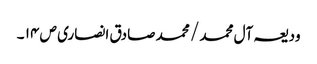
ودیعہ آل محمد / محمد صادق انصاری ص ۱۴ ۔